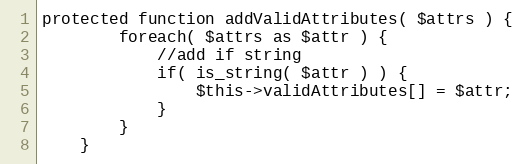
Language: PHP
protected function addValidAttributes( $attrs ) {
        foreach( $attrs as $attr ) {
            //add if string
            if( is_string( $attr ) ) {
                $this->validAttributes[] = $attr;
            }
        }
    }